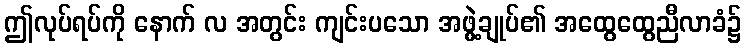
ဤလုပ်ရပ်ကို နောက် လ အတွင်း ကျင်းပသော အဖွဲ့ချုပ်၏ အထွေထွေညီလာခံ၌